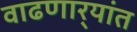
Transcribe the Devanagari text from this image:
वाढणार्‍यांत